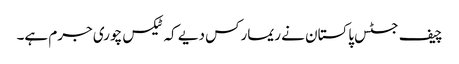
چیف جسٹس پاکستان نے ریمارکس دیے کہ ٹیکس چوری جرم ہے۔